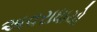
અવરાધાયો